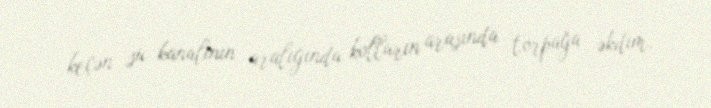
keçən su kanalının aralığında kolların arasında torpağa əkdim.